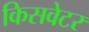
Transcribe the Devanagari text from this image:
किसवेटर